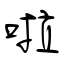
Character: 啦